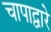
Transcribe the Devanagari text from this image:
चापाद्वारे